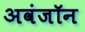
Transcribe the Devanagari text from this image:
अवंजॉन